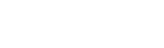
စာလိကာပဗ္ဗတေ